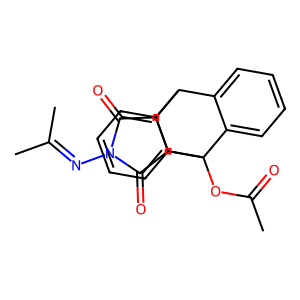
SMILES: CC(=O)OC12c3ccccc3C(c3ccccc31)C1C(=O)N(N=C(C)C)C(=O)C12
Inhibits HIV replication: No